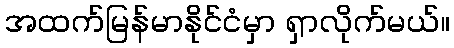
အထက်မြန်မာနိုင်ငံမှာ ရှာလိုက်မယ်။